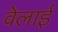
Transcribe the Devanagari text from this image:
वेलाई